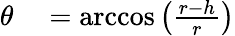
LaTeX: \begin{array}{rl}{\theta}&{{}=\operatorname{arccos}\left({\frac{r-h}{r}}\right)}\end{array}